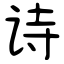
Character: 诗